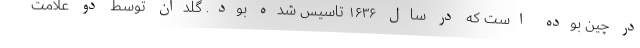
در چین بوده است که در سال ۱۶۳۶ تاسیس شده بود. گلدان توسط دو علامت